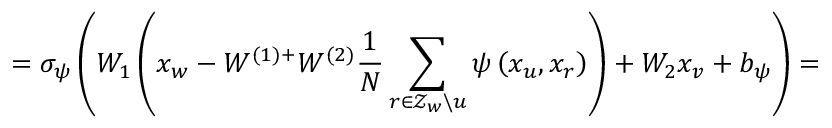
= \sigma _ { \psi } \left( W _ { 1 } \left( x _ { w } - W ^ { ( 1 ) + } W ^ { ( 2 ) } \frac { 1 } { N } \sum _ { r \in \mathcal { Z } _ { w } \backslash u } \psi \left( x _ { u } , x _ { r } \right) \right) + W _ { 2 } x _ { v } + b _ { \psi } \right) =